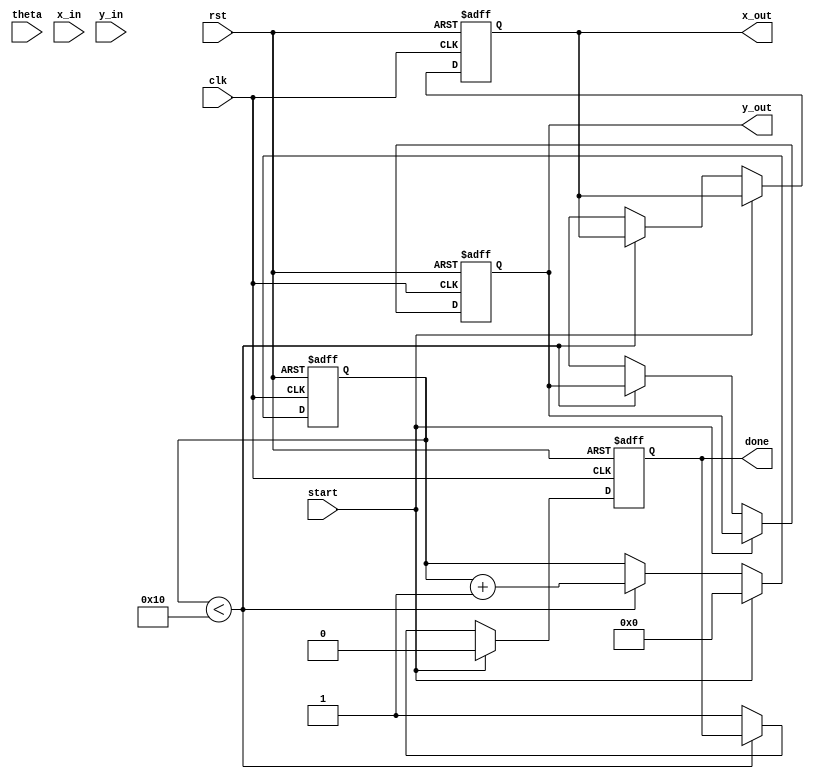
module cordic (
    input clk,
    input rst,
    input start,
    input [15:0] theta, // angle input (fixed-point)
    input [15:0] x_in,  // initial x value (fixed-point)
    input [15:0] y_in,  // initial y value (fixed-point)
    output reg [15:0] x_out, // final x value
    output reg [15:0] y_out, // final y value
    output reg done      // processing done signal
);

// Parameters
parameter N = 16; // Number of iterations
parameter [15:0] K = 16'h26DD; // Scale factor 1/sqrt(2^N) for normalization

// Internal registers
reg [15:0] x [0:N-1]; // x values
reg [15:0] y [0:N-1]; // y values
reg [15:0] z [0:N-1]; // angle values
reg [3:0] iter_count; // Iteration counter
reg [15:0] atan_vals [0:N-1]; // Precomputed atan values
reg done_reg;

// Atan values for CORDIC (in fixed-point format)
initial begin
    atan_vals[0] = 16'h1C90; // atan(2^0) = Pi/4
    atan_vals[1] = 16'h0FAE; // atan(2^-1)
    atan_vals[2] = 16'h07E4; // atan(2^-2)
    atan_vals[3] = 16'h03FD; // atan(2^-3)
    atan_vals[4] = 16'h01FE; // atan(2^-4)
    atan_vals[5] = 16'h00FF; // atan(2^-5)
    atan_vals[6] = 16'h007F; // atan(2^-6)
    atan_vals[7] = 16'h003F; // atan(2^-7)
    atan_vals[8] = 16'h001F; // atan(2^-8)
    atan_vals[9] = 16'h000F; // atan(2^-9)
    atan_vals[10] = 16'h0007; // atan(2^-10)
    atan_vals[11] = 16'h0003; // atan(2^-11)
    atan_vals[12] = 16'h0001; // atan(2^-12)
    atan_vals[13] = 16'h0000; // atan(2^-13)
    atan_vals[14] = 16'h0000; // atan(2^-14)
    atan_vals[15] = 16'h0000; // atan(2^-15)
end

// Control logic
always @(posedge clk or posedge rst) begin
    if (rst) begin
        iter_count <= 0;
        x_out <= 0;
        y_out <= 0;
        done_reg <= 0;
    end else if (start) begin
        // Initialize values
        x[0] <= x_in;
        y[0] <= y_in;
        z[0] <= theta;
        iter_count <= 0;
        done_reg <= 0;
    end else if (iter_count < N) begin
        // CORDIC rotation logic
        if (z[iter_count] < 0) begin
            // Rotation direction -1
            x[iter_count + 1] <= x[iter_count] + (y[iter_count] >> iter_count);
            y[iter_count + 1] <= y[iter_count] - (x[iter_count] >> iter_count);
            z[iter_count + 1] <= z[iter_count] + atan_vals[iter_count];
        end else begin
            // Rotation direction +1
            x[iter_count + 1] <= x[iter_count] - (y[iter_count] >> iter_count);
            y[iter_count + 1] <= y[iter_count] + (x[iter_count] >> iter_count);
            z[iter_count + 1] <= z[iter_count] - atan_vals[iter_count];
        end
        iter_count <= iter_count + 1;
    end else begin
        // Final results and normalization
        x_out <= x[N] * K; // Scale final x
        y_out <= y[N] * K; // Scale final y
        done_reg <= 1;
    end
end

assign done = done_reg;

endmodule